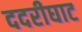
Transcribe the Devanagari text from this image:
ददरीघाट